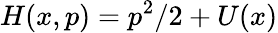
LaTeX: H(x,p)=p^{2}/2+U(x)